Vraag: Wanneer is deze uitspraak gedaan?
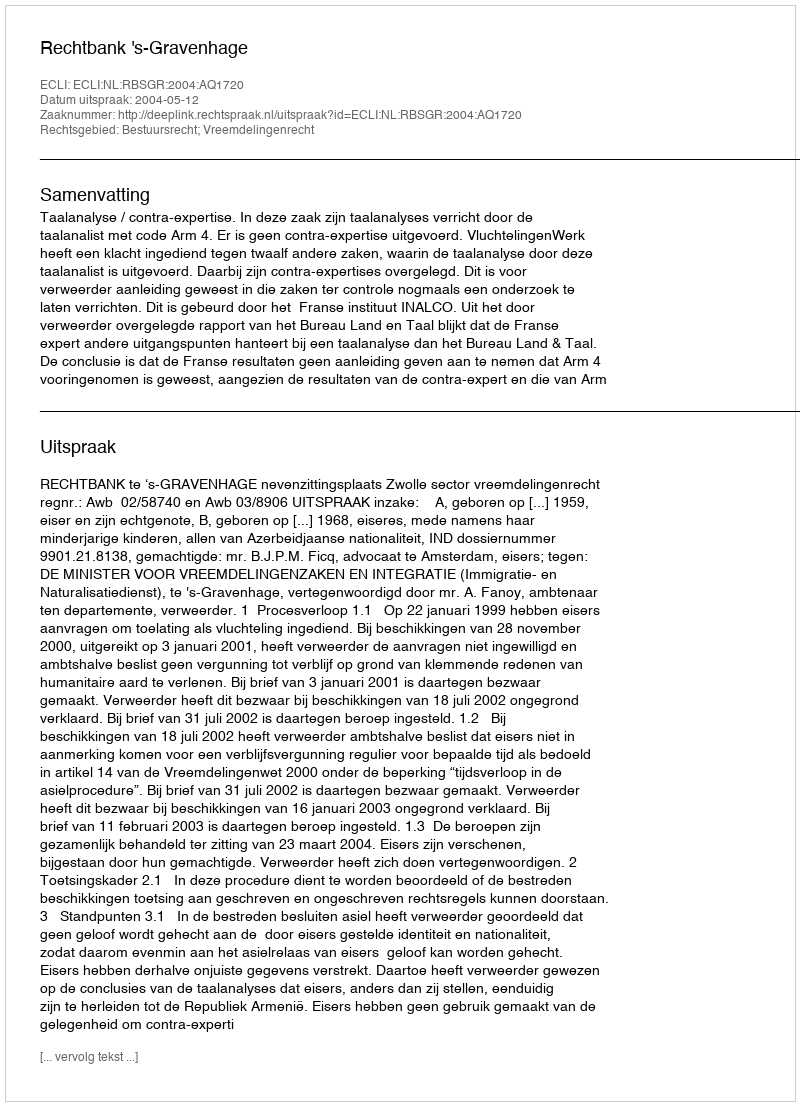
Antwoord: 2004-05-12